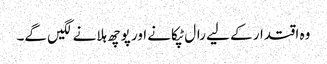
وہ اقتدار کے لیے رال ٹپکانے اور پوچھ ہلانے لگیں گے۔